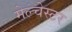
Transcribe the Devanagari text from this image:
मेल्चेस्टर